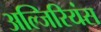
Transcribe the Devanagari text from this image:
अल्जिरियंस